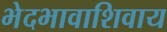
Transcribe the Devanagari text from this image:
भेदभावाशिवाय